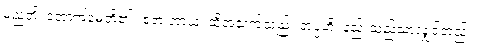
မညတိ၊ အောက်မေ့ဘိ၏။ ဧတံ အာယု၊ ထိုအသက်သည်။ အပ္ပံဟိ၊ နည်းသည်သာလျှင်တည်း။